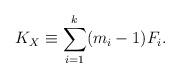
LaTeX: \begin{align*} K_X\equiv \sum_{i=1}^k (m_i-1) F_i.\end{align*}